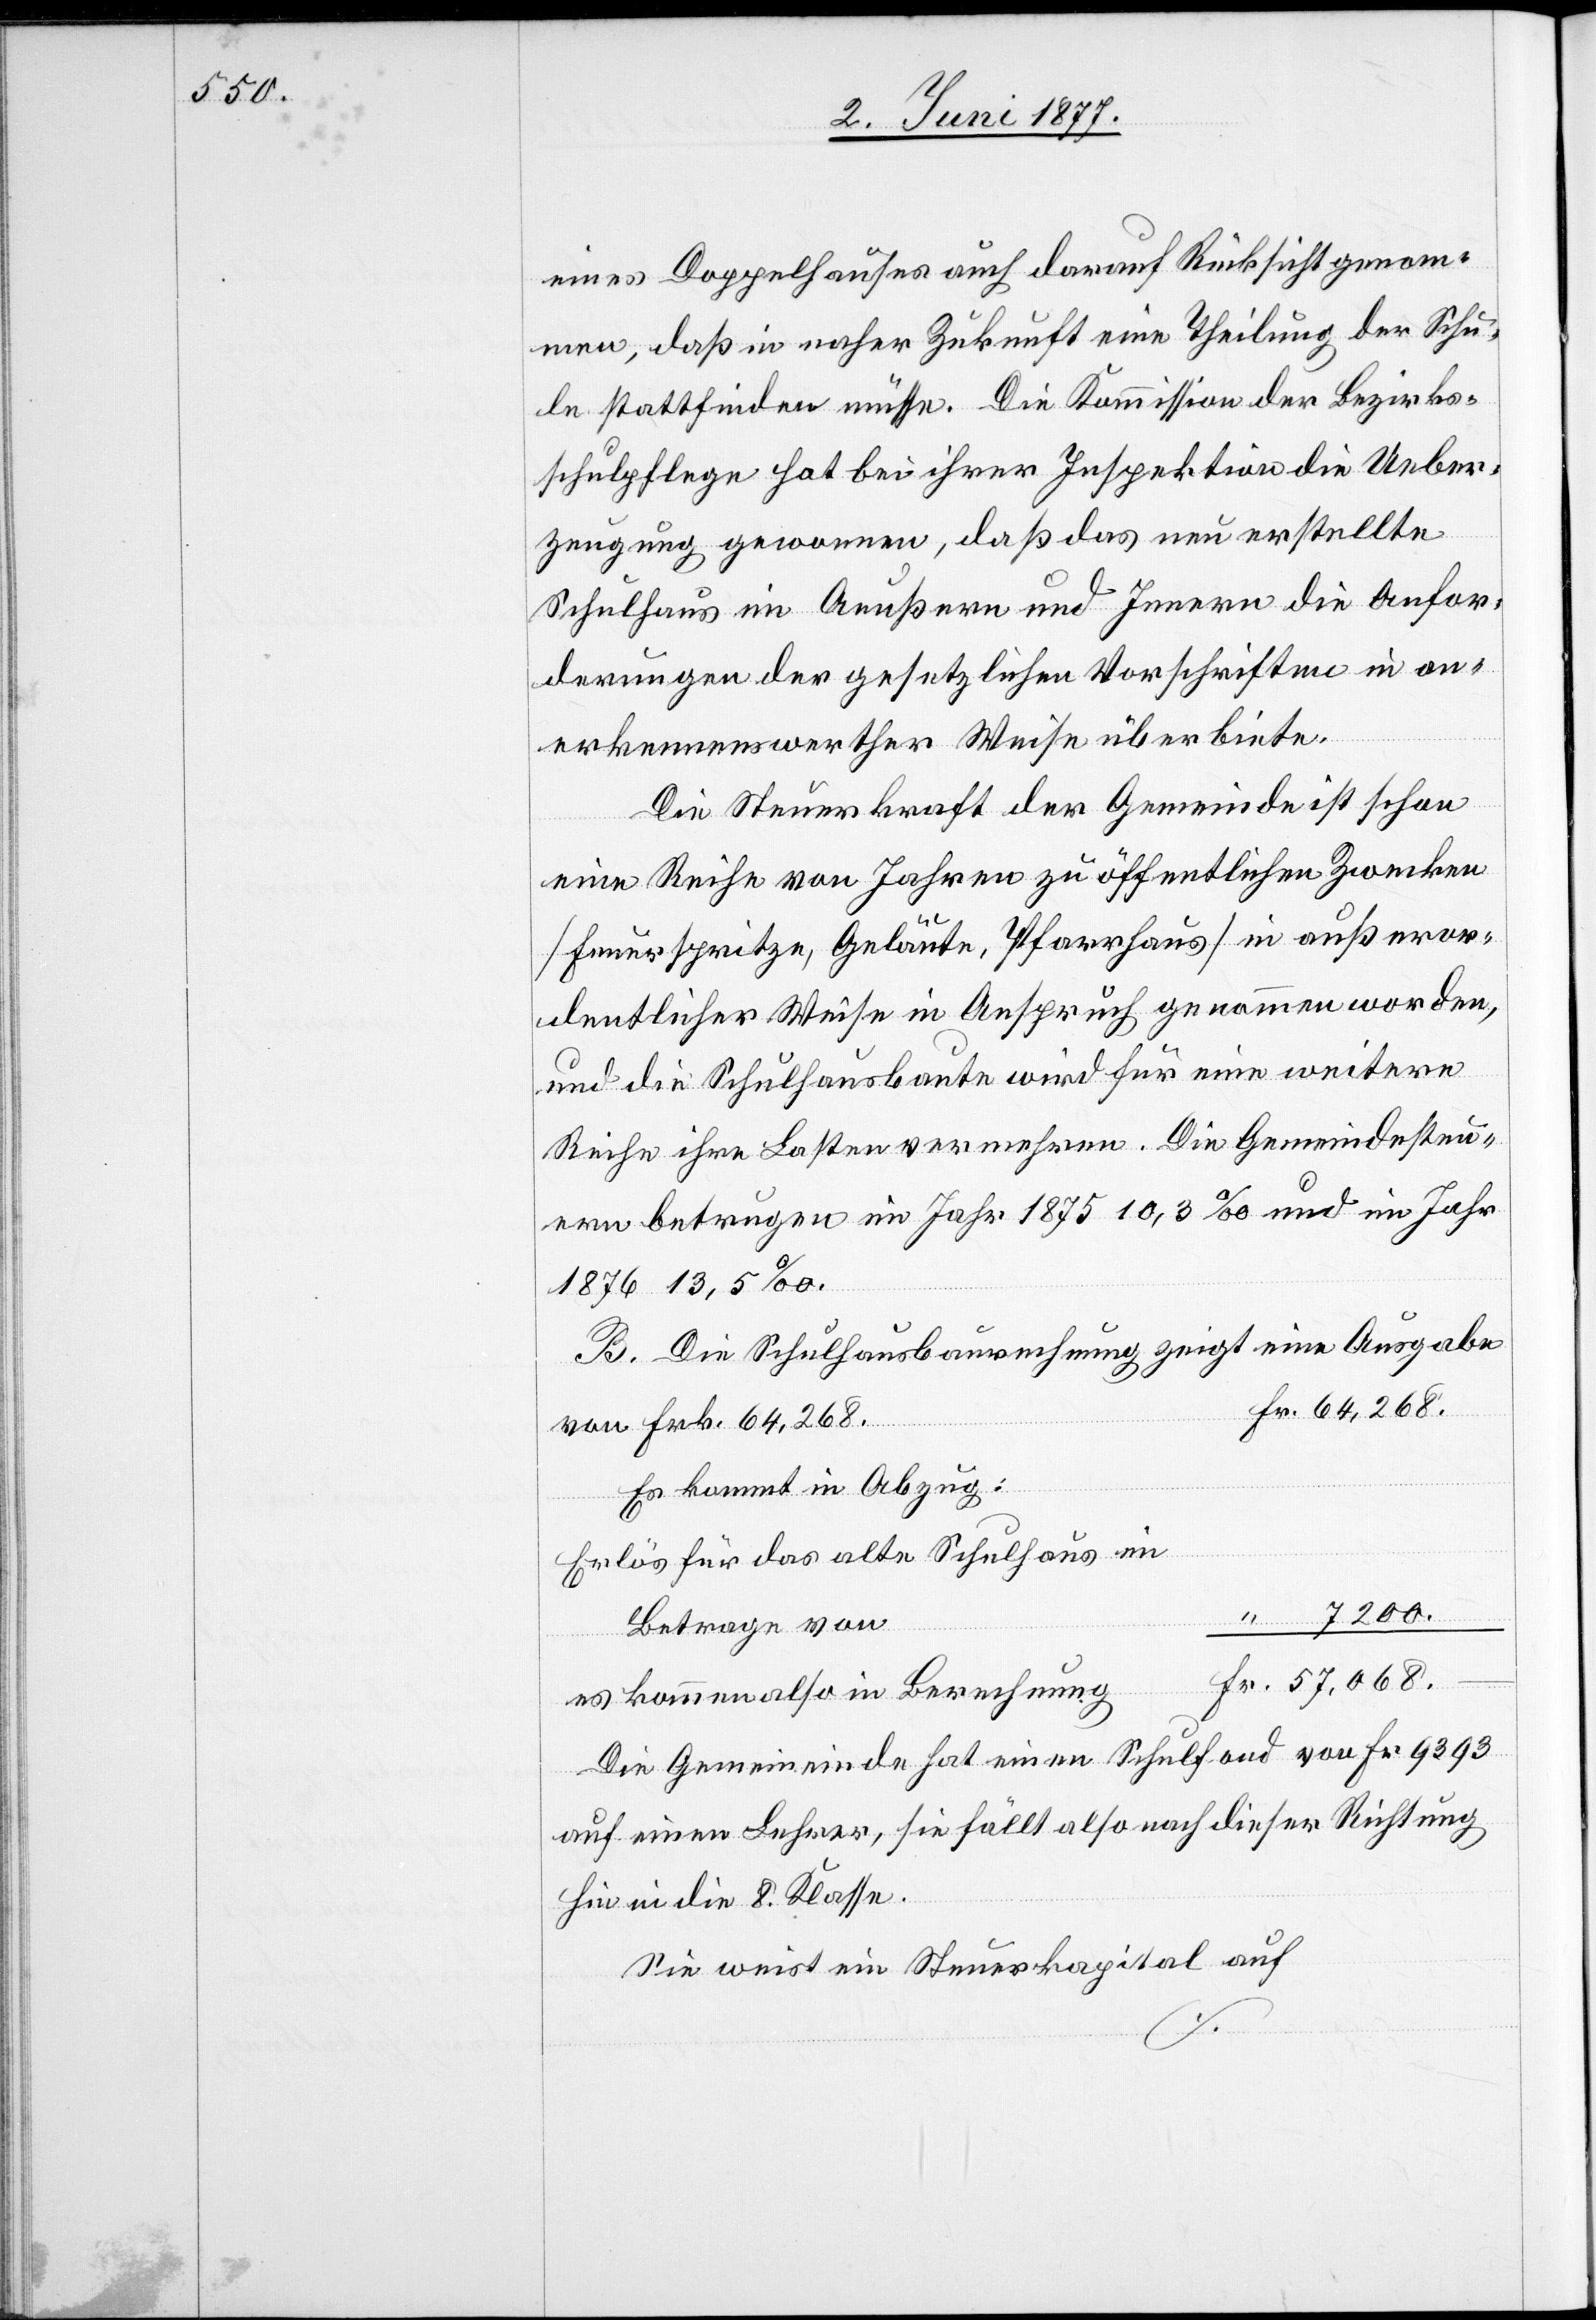
eines Doppelhauses auch darauf Rücksicht genom¬
men, daß in naher Zukunft eine Theilung der Schu¬
le stattfinden müsse. Die Kommission der Bezirks¬
schulpflege hat bei ihrer Inspektion die Ueber¬
zeugung gewonnen, daß das neu erstellte
Schulhaus im Aeußern und Innern die Anfor¬
derungen der gesetzlichen Vorschriften in an¬
erkennenswerther Weise überbiete.
Die Steuerkraft der Gemeinde ist schon
eine Reihe von Jahren zu öffentlichen Zwecken
[Feuerspritze, Geläute, Pfarrhaus] in außeror¬
dentlicher Weise in Anspruch genommen worden,
und die Schulhausbaute wird für eine weitere
Reihe ihre Lasten vermehren. Die Gemeindesteu¬
ern betrugen im Jahr 1875 10,3‰ und im Jahr
1876 13,5‰.
B. Die Schulhausbaurechnung zeigt eine Ausgabe
von Frk. 64,268
Es kommt in Abzug:
Erlös für das alte Schulhaus im
7200
Betrage von
es kommen also in Berechnung
Die Gemeinde hat einen Schulfond von Fr. 9393
auf einen Lehrer, sie fällt also nach dieser Richtung
Fr.
hin in die 8. Klasse.
Sie weist ein Steuerkapital auf